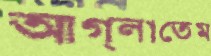
আগ্‌লাতেম